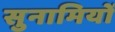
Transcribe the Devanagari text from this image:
सुनामियों